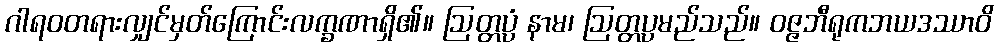
ဂါရဝတရားလျှင်မှတ်ကြောင်းလက္ခဏာရှိ၏။ ဩတ္တပ္ပံ နာမ၊ ဩတ္တပ္ပမည်သည်။ ဝဇ္ဇဘီရုကဘယဒဿာဝိ